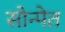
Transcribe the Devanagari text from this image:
सोन्पेत